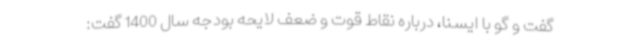
گفت و گو با ایسنا، درباره نقاط قوت و ضعف لایحه بودجه سال 1400 گفت: